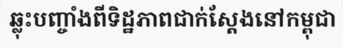
ឆ្លុះបញ្ចាំងពីទិដ្ឋភាពជាក់ស្តែងនៅកម្ពុជា